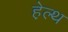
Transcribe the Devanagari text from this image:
हे़ल्थ